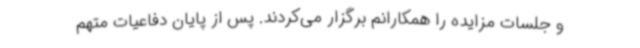
و جلسات مزایده را همکارانم برگزار می‌کردند. پس از پایان دفاعیات متهم